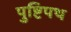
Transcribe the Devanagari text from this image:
पुष्टिपथ